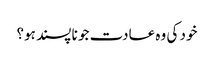
خود کی وہ عادت جو نا پسند ہو؟